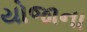
યોજાના